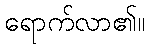
ရောက်လာ၏။